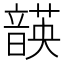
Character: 韺